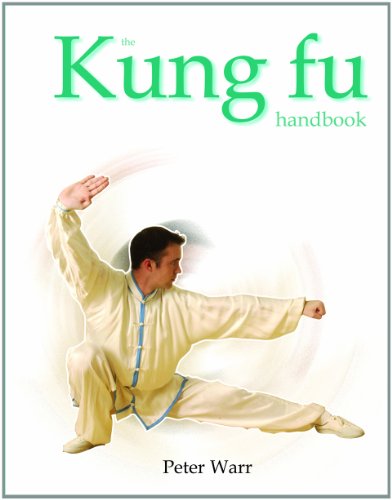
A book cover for The Kung Fu Handbook (Martial Arts (Rosen)); Peter Warr; Teen & Young Adult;